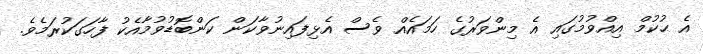
އެ ޙުކުމް އިއްވުމުގައި އެ މިންވަރުގެ ހަމައެއް ވެސް އެޅިފައިނުވާކަން ކަންބޮޑުވުމާއެކު ފާހަގަކުރަމެވެ.